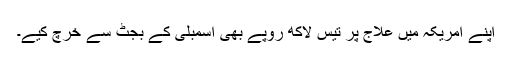
اپنے امریکہ میں علاج پر تیس لاکھ روپے بھی اسمبلی کے بجٹ سے خرچ کیے۔